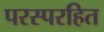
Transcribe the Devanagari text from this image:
परस्परहित